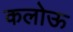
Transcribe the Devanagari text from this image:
कलोऊ